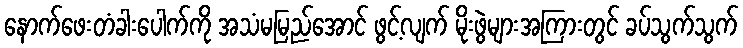
နောက်ဖေးတံခါးပေါက်ကို အသံမမြည်အောင် ဖွင့်လျက် မိုးဖွဲများအကြားတွင် ခပ်သွက်သွက်